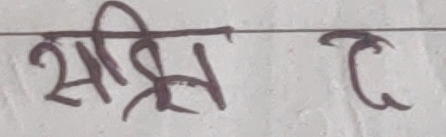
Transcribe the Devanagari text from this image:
सीक्षित द